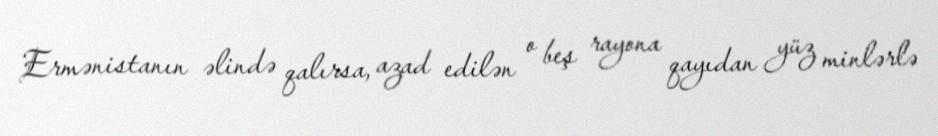
Ermənistanın əlində qalırsa, azad edilən o beş rayona qayıdan yüz minlərlə